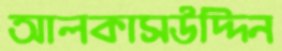
আলকাসউদ্দিন